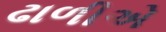
ઢાળીએ